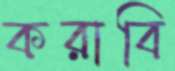
করাবি